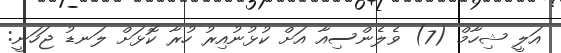
އަލީ ޝިހާމް (7) ވެލެންސިއާ އަށް ކުޅުނުއިރު ހުރާ ކޮޅަށް ލަނޑު ޖަހަނީ: